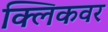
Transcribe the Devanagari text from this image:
क्लिकवर